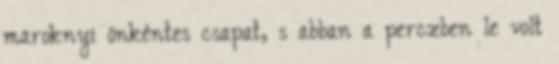
maroknyi önkéntes csapat, s abban a perczben le volt